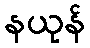
နယုန်